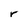
Character: r